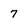
Character: 7